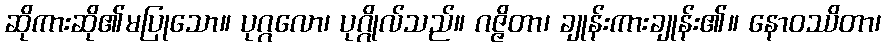
ဆိုကားဆို၏မပြုသော။ ပုဂ္ဂလော၊ ပုဂ္ဂိုလ်သည်။ ဂဇ္ဇိတာ၊ ချုန်းကားချုန်း၏။ နောဝဿိတာ၊